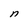
Character: n